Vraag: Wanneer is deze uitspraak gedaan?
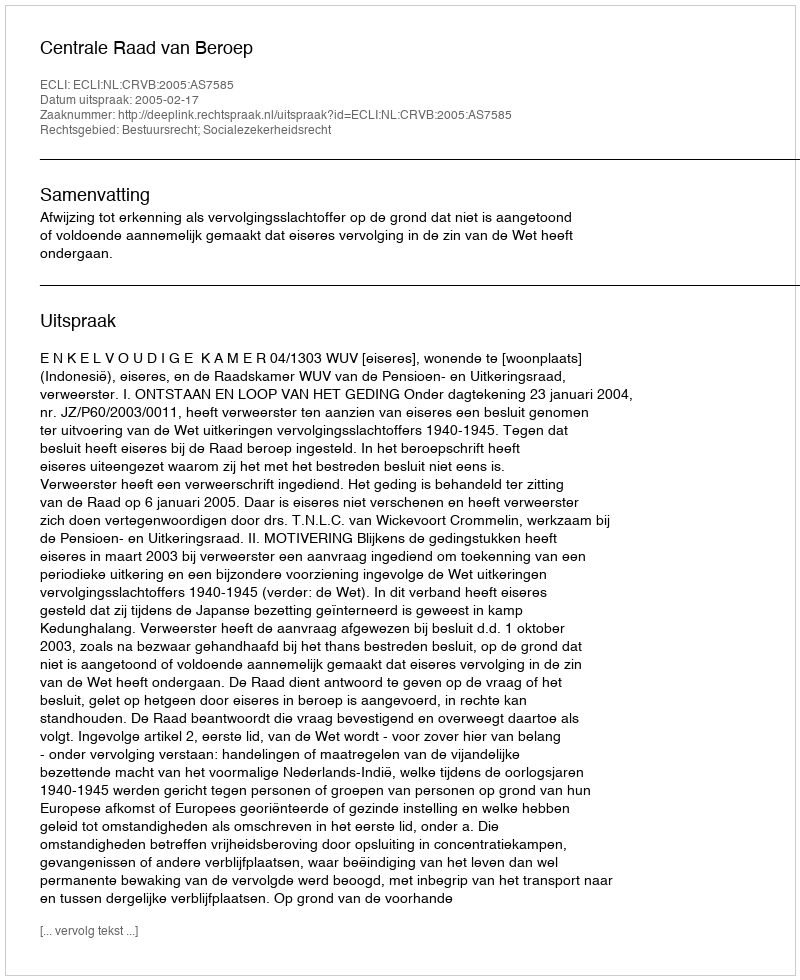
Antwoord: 2005-02-17